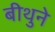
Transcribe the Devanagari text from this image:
बीथुने